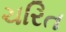
ચરિત